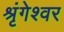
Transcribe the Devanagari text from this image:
श्रृंगेश्‍वर